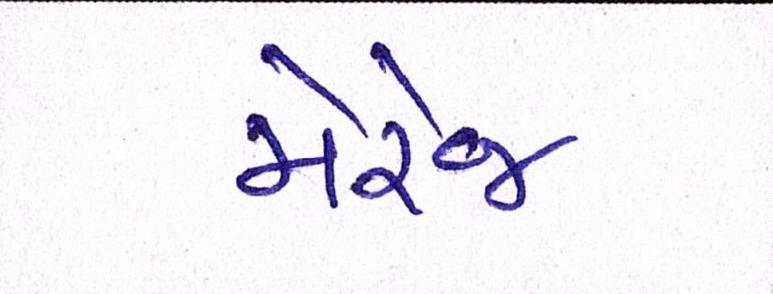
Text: મેરેજ